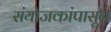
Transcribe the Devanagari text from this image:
संयोजकांपासून